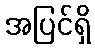
အပြင်ရှိ